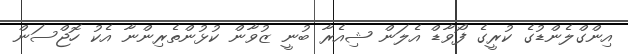
އިންގްލެންޑުގެ ކުރީގެ ފޯވާޑް އެލަން ޝިއެރާ ބުނީ ޒުވާން ކުޅުންތެރިންނާ އެކު ހޮޖްސަން